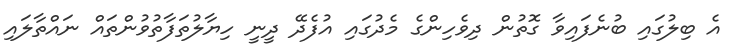
އެ ބިލުގައި ބުނެފައިވާ ގޮތުން ދިވެހިންގެ މެދުގައި އުފެދޭ ދީނީ ހިޔާލުތަފާތުވުންތައް ނައްތާލައި